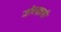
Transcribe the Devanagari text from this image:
जीवनावरती